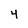
Character: 4